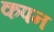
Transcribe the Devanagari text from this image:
कपन